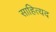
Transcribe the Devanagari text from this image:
साहित्यद